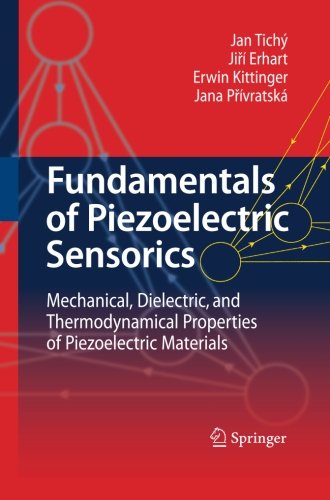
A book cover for Fundamentals of Piezoelectric Sensorics: Mechanical, Dielectric, and Thermodynamical Properties of Piezoelectric Materials; Jan TichÃ½; Science & Math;